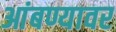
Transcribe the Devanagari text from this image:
आंबण्यावर